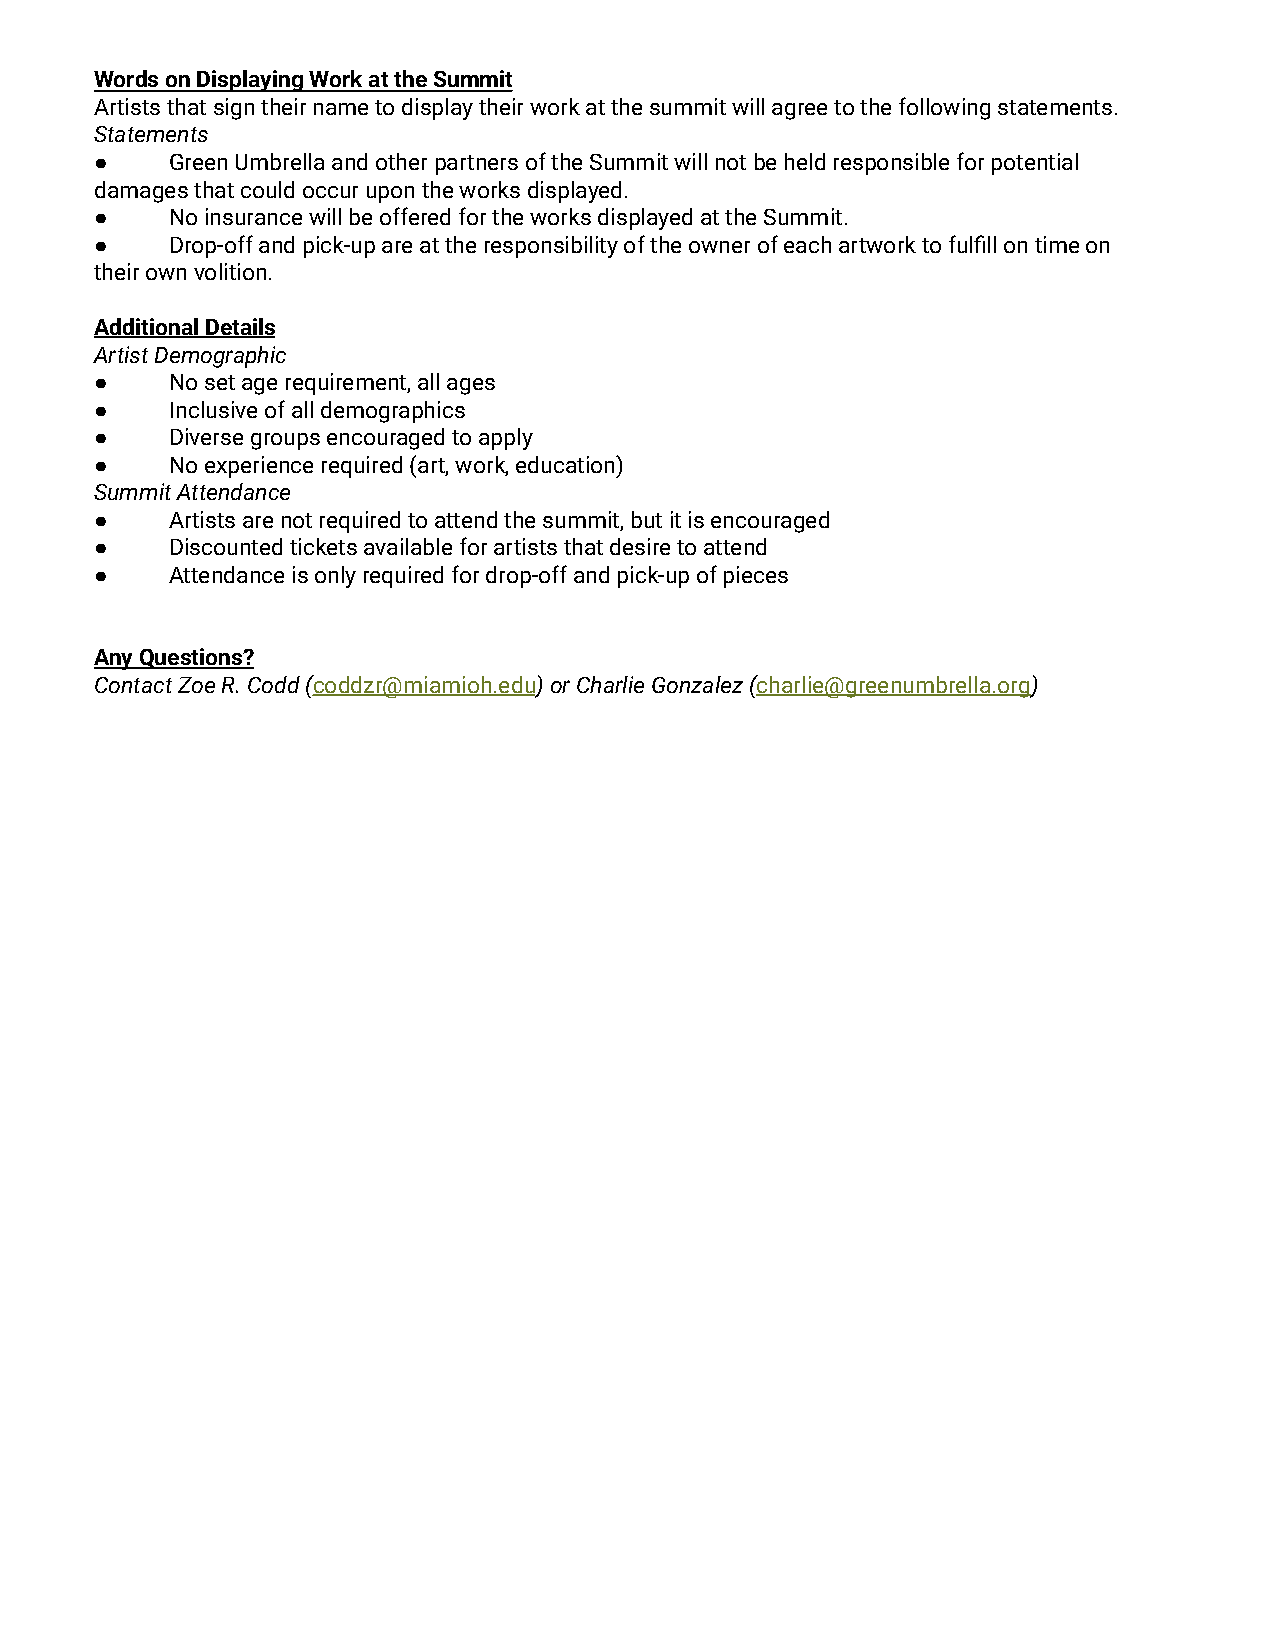
Words on Displaying Work at the Summit
 Artists that sign their name to display their work at the summit will agree to the following statements.
 Statements
 ●    Green Umbrella and other partners of the Summit will not be held responsible for potential
 damages that could occur upon the works displayed.
 ●    No insurance will be offered for the works displayed at the Summit.
 ●    Drop-off and pick-up are at the responsibility of the owner of each artwork to fulfill on time on
 their own volition.
 Additional Details
 Artist Demographic
 ●    No set age requirement, all ages
 ●    Inclusive of all demographics
 ●    Diverse groups encouraged to apply
 ●    No experience required (art, work, education)
 Summit Attendance
 ●    Artists are not required to attend the summit, but it is encouraged
 ●    Discounted tickets available for artists that desire to attend
 ●    Attendance is only required for drop-off and pick-up of pieces
 Any Questions?
 Contact Zoe R. Codd (coddzr@miamioh.edu) or CharlieGonzalez (charlie@greenumbrella.org)